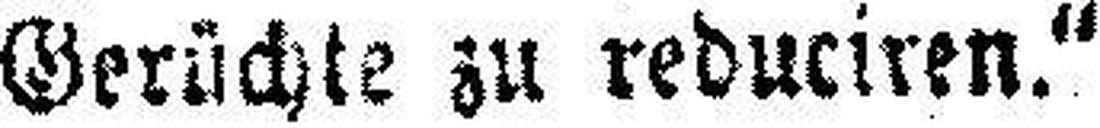
Gerüchte zu reduciren.“